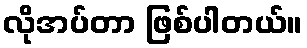
လိုအပ်တာ ဖြစ်ပါတယ်။